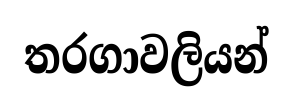
තරගාවලියන්